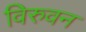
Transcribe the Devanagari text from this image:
विरुवन